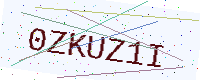
Text: 0ZKUZ1I